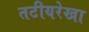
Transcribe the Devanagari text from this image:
तटीयरेखा